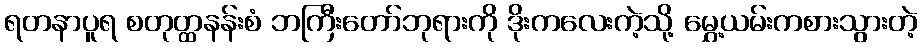
ရတနာပူရ စတုတ္ထနန်းစံ ဘကြီးတော်ဘုရားကို ဒိုးကလေးကဲ့သို့ မွှေ့ယမ်းကစားသွားတဲ့